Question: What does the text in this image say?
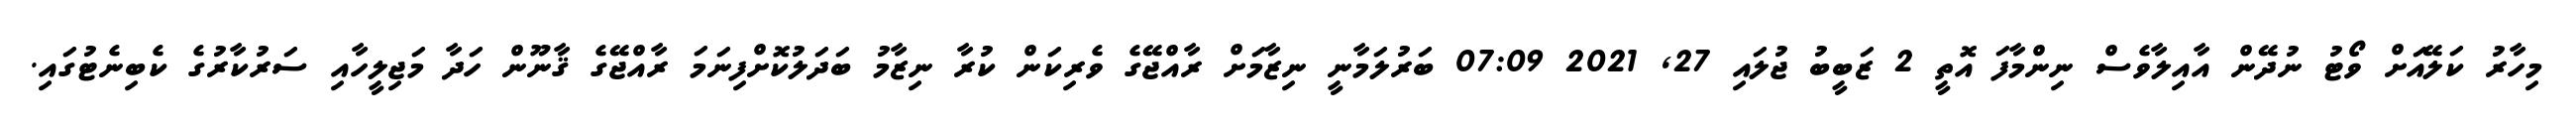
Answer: މިހާރު ކަލޭއަށް ވޯޓު ނުދޭން އާއިލާވެސް ނިންމާފަ އޮތީ 2 ޒަބީބު ޖުލައި 27, 2021 07:09 ބަރުލަމާނީ ނިޒާމަށް ރާއްޖޭގެ ވެރިކަން ކުރާ ނިޒާމު ބަދަލުކޮށްފިނަމަ ރާއްޖޭގެ ޤާނޫން ހަދާ މަޖިލީހާއި ސަރުކާރުގެ ކެބިނެޓުގައި.